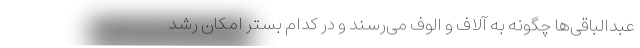
عبدالباقی‌ها چگونه به آلاف و الوف می‌رسند و در کدام بستر امکان رشد